Mental hospitals Bombay report 1929-33 - 1929-1933
Year: 1929
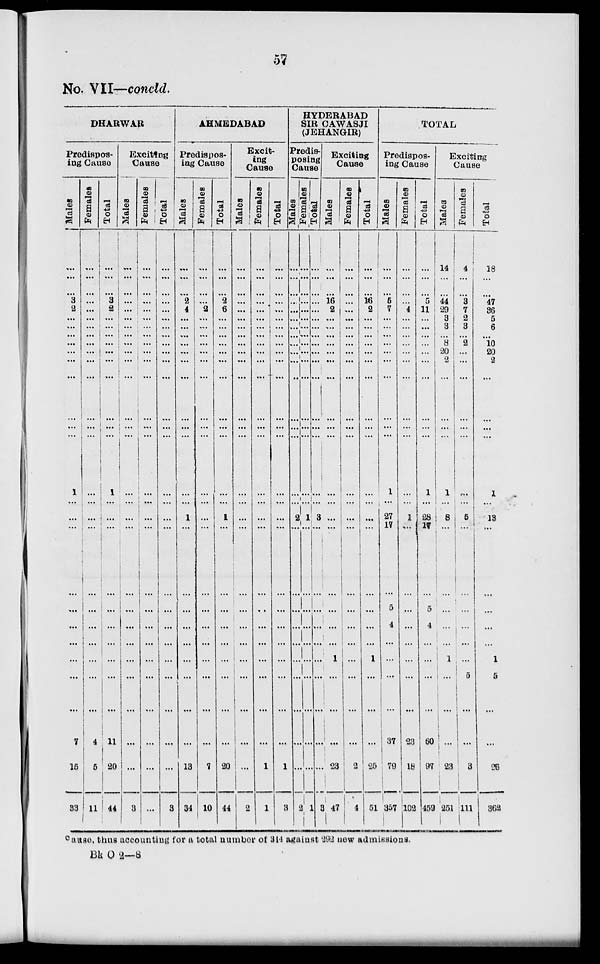
57
No. VII—concld.
DHARWAR
Predispos-
ing Cause
Males
...
...
...
3
2
...
...
...
...
...
...
...
...
...
...
1
...
...
...
...
...
...
...
...
...
...
7
15
33
Females
...
...
...
...
...
...
...
...
...
...
...
...
...
...
...
...
...
...
...
...
...
...
...
...
...
...
4
5
11
Total
...
...
...
3
2
...
...
...
...
...
...
...
...
...
...
1
...
...
...
...
...
...
...
...
...
...
11
20
44
Exciting
Cause
Males
...
...
...
...
...
...
...
...
...
...
...
...
...
...
...
...
...
...
...
...
...
...
...
...
...
...
...
...
3
Females
...
...
...
...
...
...
...
...
...
...
...
...
...
...
...
...
...
...
...
...
...
...
...
...
...
...
...
...
...
Total
...
...
...
...
...
...
...
...
...
...
...
...
...
...
...
...
...
...
...
...
...
...
...
...
...
...
...
...
3
AHMEDABAD
Predispos-
ing Cause
Males
...
...
...
2
4
...
...
...
...
...
...
...
...
...
...
...
...
1
...
...
...
...
...
...
...
...
...
13
34
Females
...
...
...
...
2
...
...
...
...
...
...
...
...
...
...
...
...
...
...
...
...
...
...
...
...
...
...
7
10
Total
...
...
...
2
6
...
...
...
...
...
...
...
...
...
...
...
...
1
...
...
...
...
...
...
...
...
...
20
44
Excit-
ing
Cause
Males
...
...
...
...
...
...
...
...
...
...
...
...
...
...
...
...
...
...
...
...
...
...
...
...
...
...
...
...
2
Females
...
...
...
...
...
...
...
...
...
...
...
...
...
...
...
...
...
...
...
...
...
...
...
...
...
...
...
1
1
Total
...
...
...
...
...
...
...
...
...
...
...
...
...
...
...
...
...
...
...
...
...
...
...
...
...
...
...
1
3
HYDERABAD
SIR CAWASJI
(JEHANGIR)
Predis-
posing
Cause
Males
...
...
...
...
...
...
...
...
...
...
...
...
...
...
...
...
...
2
...
...
...
...
...
...
...
...
...
...
2
Females
...
...
...
...
...
...
...
...
...
...
...
...
...
...
...
...
...
1
...
...
...
...
...
...
...
...
...
...
1
Total
...
...
...
...
...
...
...
...
...
...
...
...
...
...
...
...
...
3
...
...
...
...
...
...
...
...
...
...
3
Exciting
Cause
Males
...
...
...
16
2
...
...
...
...
...
...
...
...
...
...
...
...
...
...
...
...
...
...
1
...
...
...
23
47
Females
...
...
...
...
...
...
...
...
...
...
...
...
...
...
...
...
...
...
...
...
...
...
...
...
...
...
...
2
4
Total
...
...
...
16
2
...
...
...
...
...
...
...
...
...
...
...
...
...
...
...
...
...
...
1
...
...
...
25
51
TOTAL
Predispos-
ing Cause
Males
...
...
...
5
7
...
...
...
...
...
...
...
...
...
...
1
...
27
17
...
5
4
...
...
...
...
37
79
357
Females
...
...
...
...
4
...
...
...
...
...
...
...
...
...
...
...
...
1
...
...
...
...
...
...
...
...
23
18
102
Total
...
...
...
5
11
...
...
...
...
...
...
...
...
...
...
1
...
28
17
...
5
4
...
...
...
...
60
97
459
Exciting
Cause
Males
14
...
...
44
29
3
3
...
8
20
2
...
...
...
...
1
...
8
...
...
...
...
...
1
...
...
...
23
251
Females
4
...
...
3
7
2
3
...
2
...
...
...
...
...
...
...
...
5
...
...
...
...
...
...
5
...
...
3
111
Total
18
...
...
47
36
5
6
...
10
20
2
...
...
...
...
1
...
13
...
...
...
...
...
1
5
...
...
26
362
cause, thus accounting for a total number of 314 against 292 new admissions.
Bk O 2—8